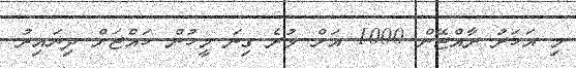
މި އަހަރު ރާއްޖޭން 1000 އަށް ވުރެ ގިނަ މީހުން ހައްޖަށް ދިޔައިރު